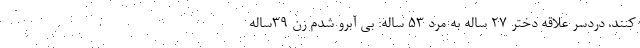
کنند. دردسر علاقه دختر 27 ساله به مرد 53 ساله: بی آبرو شدم زن 39ساله